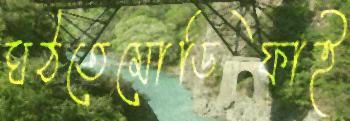
ঘঠতেমোডিফাই